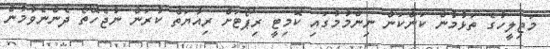
މަޖިލީހުގެ ތަޅުމުން ކަންކަން ނިންމުމުގައި ކޮމިޓީ ރިޕޯޓަށް ރިއާޔަތް ކުރަން ނުޖެހޭތޯ ދެންނެވުމުން